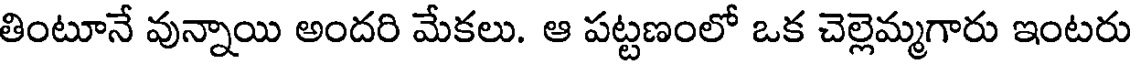
తింటూనే వున్నాయి అందరి మేకలు. ఆ పట్టణంలో ఒక చెల్లెమ్మగారు ఇంటరు